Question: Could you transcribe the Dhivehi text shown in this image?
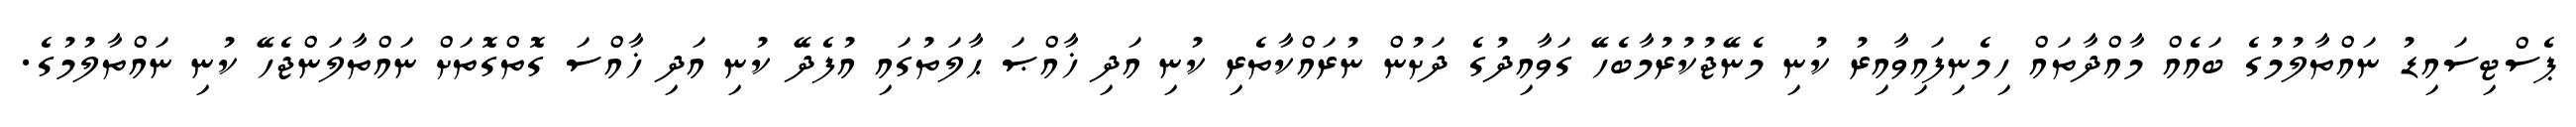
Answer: ޕެސްޓިސައިޑު ނައްތާލުމުގެ ބައެއް މާއްދާތައް ހިމެނިފައިވާއިރު ކުނި މެނޭޖުކުރުމާބެހޭ ގަވާއިދުގެ ދަށުން ނުރައްކާތެރި ކުނި އަދި ޚާއްޞަ ޙާލަތުގައި އުފެދޭ ކުނި އަދި ޚާއްސަ ގޮތްގޮތަށް ނައްތާލަންޖެހޭ ކުނި ނައްތާލުމުގެ.